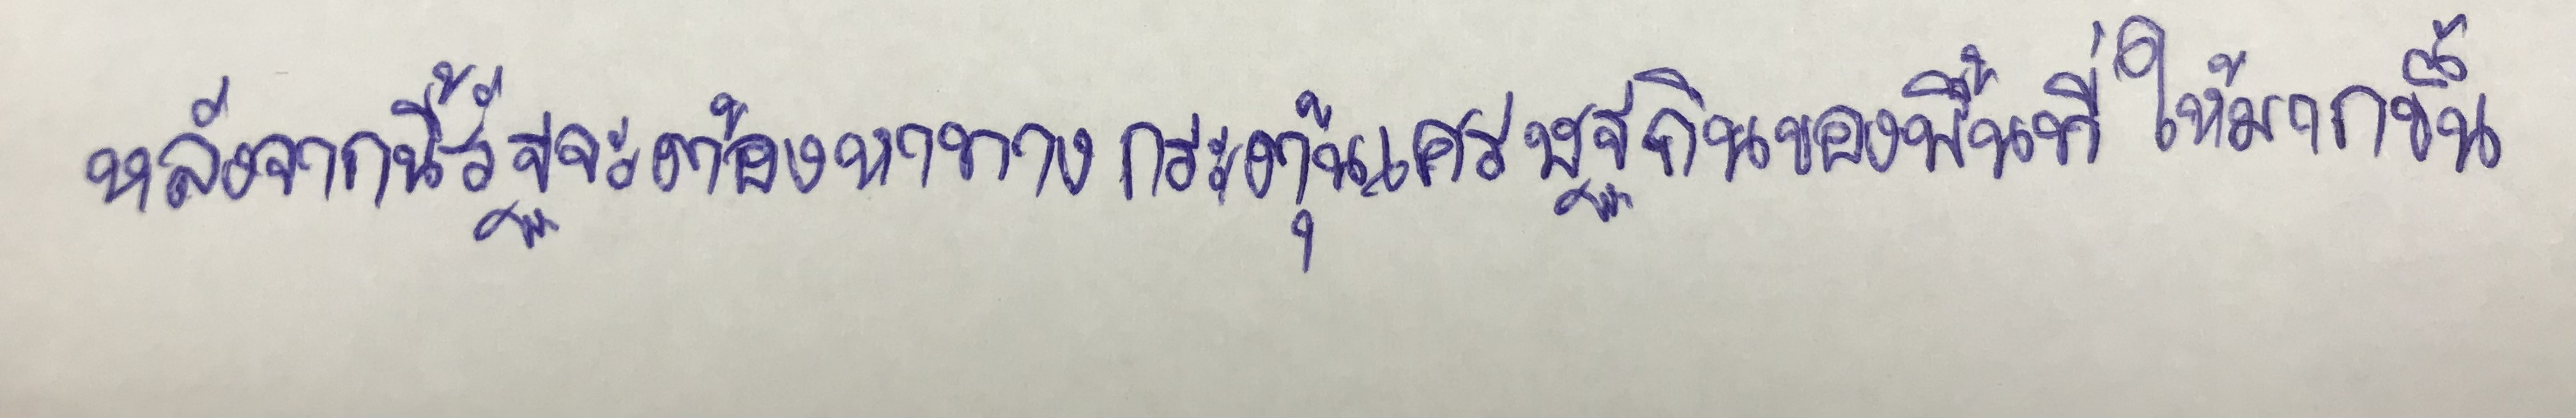
หลังจากนี้รัฐจะต้องหาทางกระตุ้นเศรษฐกิจของพื้นที่ให้มากขึ้น